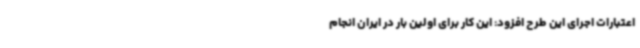
اعتبارات اجرای این طرح افزود: این کار برای اولین بار در ایران انجام